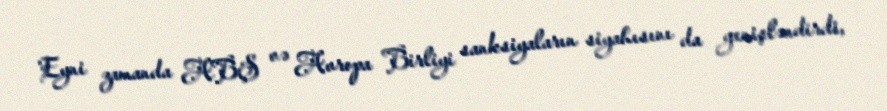
Eyni zamanda ABŞ və Avropa Birliyi sanksiyaların siyahısını da genişləndirdi,